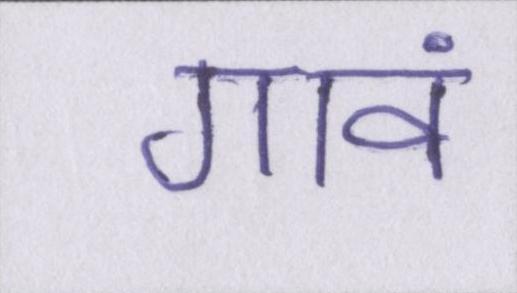
गावं